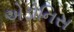
એડોનિસ